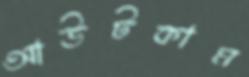
আউটকাম